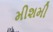
મીશમી